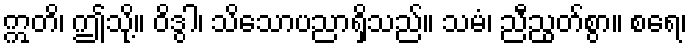
ဣတိ၊ ဤသို့။ ဝိဒွါ၊ သိသောပညာရှိသည်။ သမံ၊ ညီညွတ်စွာ။ စရေ၊